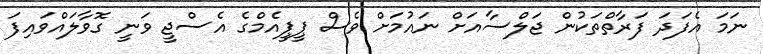
ނަމަ އެފަދަ ފަރާތްތަކުން ޖަލްސާއަށް ނައުމަށް ވެސް ޕީޕީއެމްގެ އެސްޖީ ވަނީ ގޮވާލައްވައިފަ